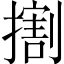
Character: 𢵷